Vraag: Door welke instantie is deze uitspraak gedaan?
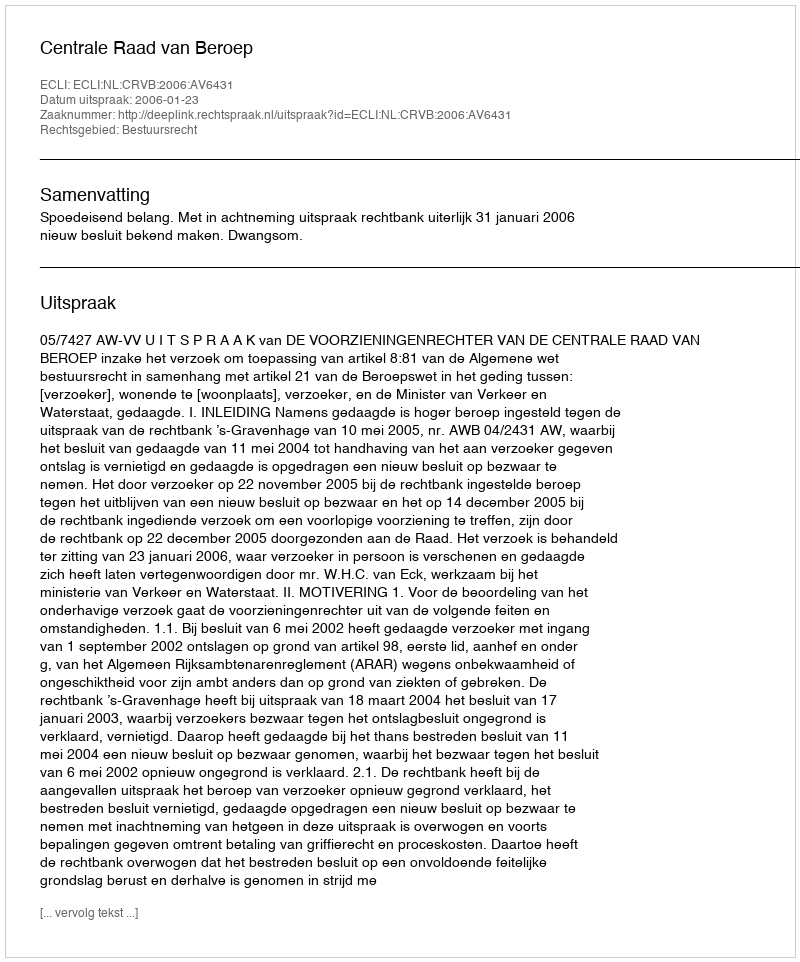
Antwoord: Centrale Raad van Beroep